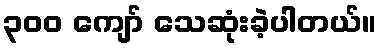
၃၀၀ ကျော် သေဆုံးခဲ့ပါတယ်။